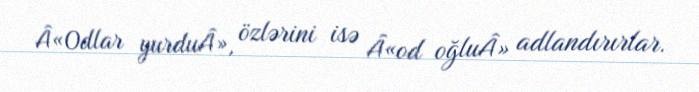
Â«Odlar yurduÂ», özlərini isə Â«od oğluÂ» adlandırırlar.